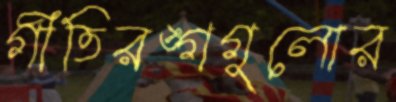
গীতিরঙ্গগুলোর